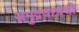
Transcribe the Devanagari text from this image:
समुद्रयात्रेची